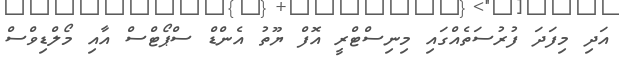
އަދި މިފަދަ ފުރުސަތެއްގައި މިނިސްޓްރީ އޮފް ޔޫތު އެންޑް ސްޕޯޓްސް އާއި މޯލްޑިވްސް